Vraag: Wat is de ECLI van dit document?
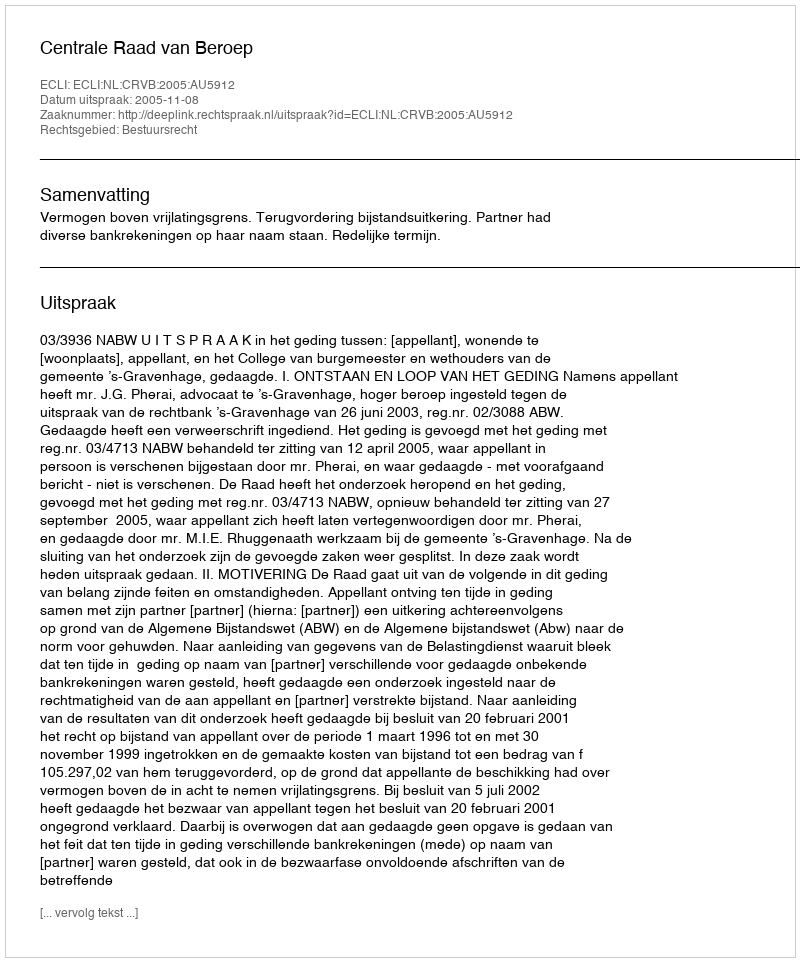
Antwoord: ECLI:NL:CRVB:2005:AU5912